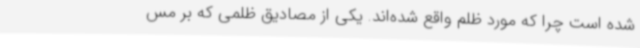
شده است چرا که مورد ظلم واقع شده‌اند. یکی از مصادیق ظلمی که بر مس